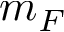
m _ { F }